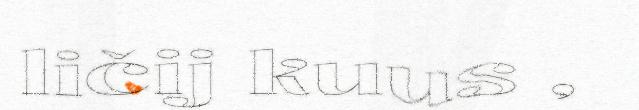
ličij kuus ,